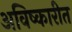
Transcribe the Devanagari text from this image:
अविष्कारीत